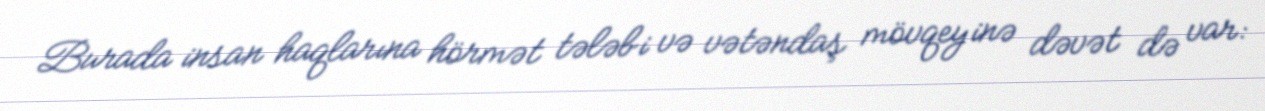
Burada insan haqlarına hörmət tələbi və vətəndaş mövqeyinə dəvət də var: